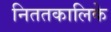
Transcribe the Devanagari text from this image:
निततकालिके